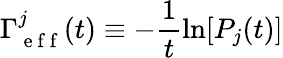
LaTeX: \Gamma_{\mathrm{~e~f~f~}}^{j}(t)\equiv-\frac{1}{t}\ln[P_{j}(t)]